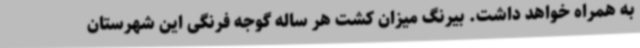
به همراه خواهد داشت. بیرنگ میزان کشت هر ساله گوجه فرنگی این شهرستان